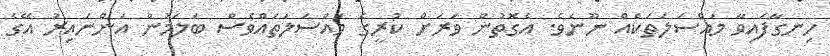
ހިނގާފައިވާ މައްސަލަތަކެއް ނޫނެވެ. އެގޮތުން ވަރަށް ކުރީގެ މައްސަލަތައްވެސް ބަލަމުން އަންނައިރު އޭގެ